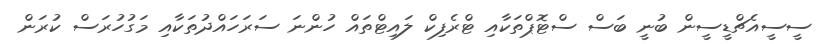
ސީސީއެޗްޑީސީން ބުނީ ބަސް ސްޓޮޕްތަކާއި ޓްރެފިކް ލައިޓްތައް ހުންނަ ސަރަހައްދުތަކާއި މަގުހުރަސް ކުރަން